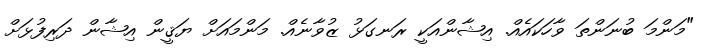
"މަންމަ ބުނަންތަ ވާހަކައެއް. އިޝާންއަކީ ރަނގަޅު ޒުވާނެއް. މަންމައަށް ޔަޤީން އިޝާން ދަރިފުޅަށް